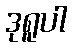
ဒုရူပါ